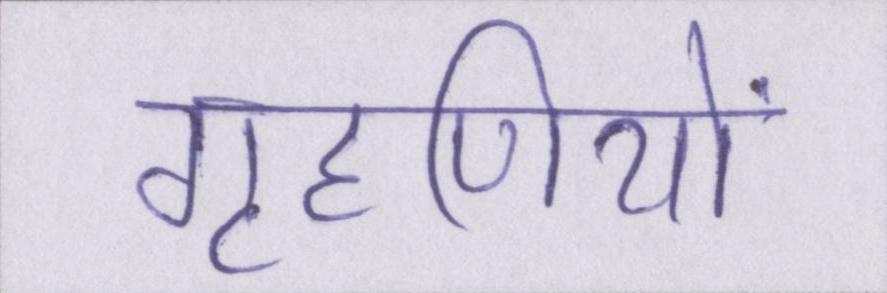
गृहणियों